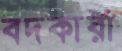
বদকারী